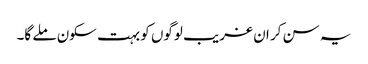
یہ سن کر ان غریب لوگوں کو بہت سکون ملے گا۔